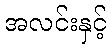
အလင်းနှင့်